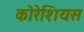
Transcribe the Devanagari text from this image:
कोरेशियस